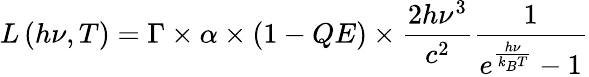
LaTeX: L\left(h\nu,T\right)=\Gamma\times\alpha\times(1-QE)\times\frac{2h\nu^{3}}{c^{2}}\frac{1}{e^{\frac{h\nu}{k_{B}T}}-1}